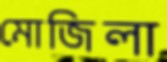
মোজিলা